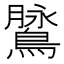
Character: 䳮